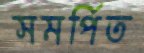
সমর্পিত